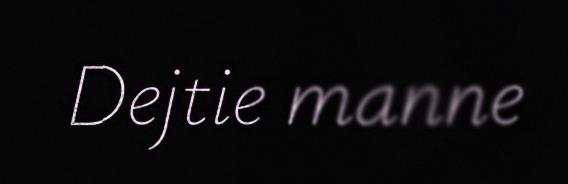
Dejtie manne